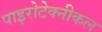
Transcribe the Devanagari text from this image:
पाइरोटेक्नीकल